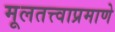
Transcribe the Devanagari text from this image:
मूलतत्त्वाप्रमाणे